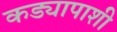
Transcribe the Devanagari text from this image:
कड्यापाशी